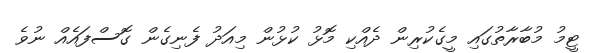
ޓީމު މުބާރާތުގައި މީގެކުރިން ދެއްކި މޮޅު ކުޅުން މިއަދު ފެނިގެން ގޮސްފައެއް ނުވެ